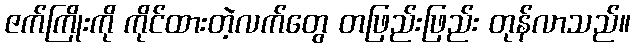
ဇက်ကြိုးကို ကိုင်ထားတဲ့လက်တွေ တဖြည်းဖြည်း တုန်လာသည်။